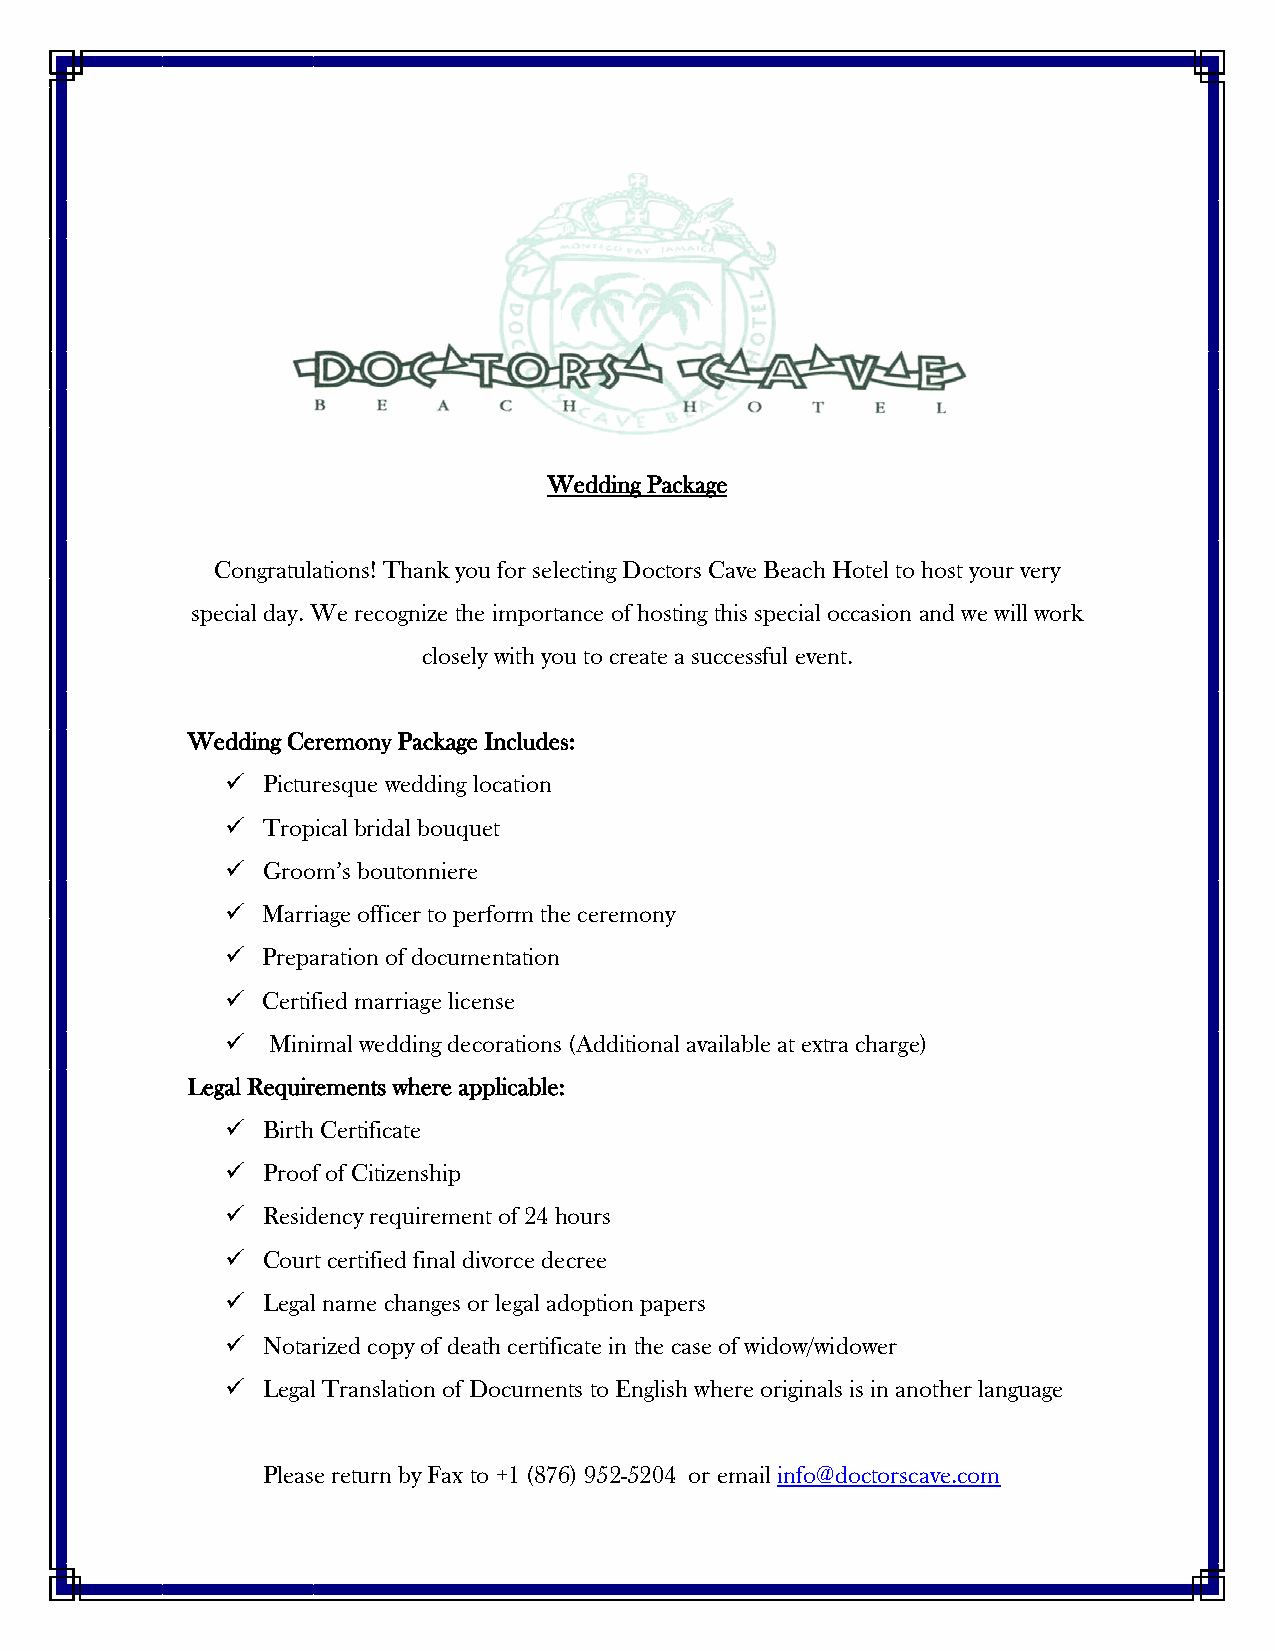
Wedding Package
 Congratulations! Thank you for selecting Doctors Cave Beach Hotel to host your very
 special day. We recognize the importance of hosting this special occasion and we will work
 closely with you to create a successful event.
 Wedding Ceremony Package Includes:
  Picturesque wedding location
  Tropical bridal bouquet
  Groom’s boutonniere
  Marriage officer to perform the ceremony
  Preparation of documentation
  Certified marriage license
   Minimal wedding decorations (Additional available at extra charge)
 Legal Requirements where applicable:
  Birth Certificate
  Proof of Citizenship
  Residency requirement of 24 hours
  Court certified final divorce decree
  Legal name changes or legal adoption papers
  Notarized copy of death certificate in the case of widow/widower
  Legal Translation of Documents to English where originals is in another language
 Please return by Fax to +1 (876) 952-5204 or email info@doctorscave.com